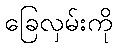
ခြေလှမ်းကို